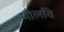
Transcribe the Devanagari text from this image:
मौलवि